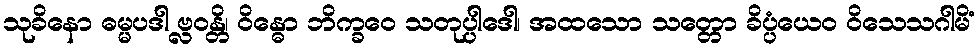
သုခိနော ဓမ္မပဒါ ဗ္လဝန္တိ၊ ဝိန္ဓော ဘိက္ခဝေ သတုပ္ပါဒေါ၊ အထသော သတ္တော ခိပ္ပံယေဝ ဝိသေသဂါမိံ